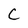
Character: C